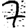
Digit: 7